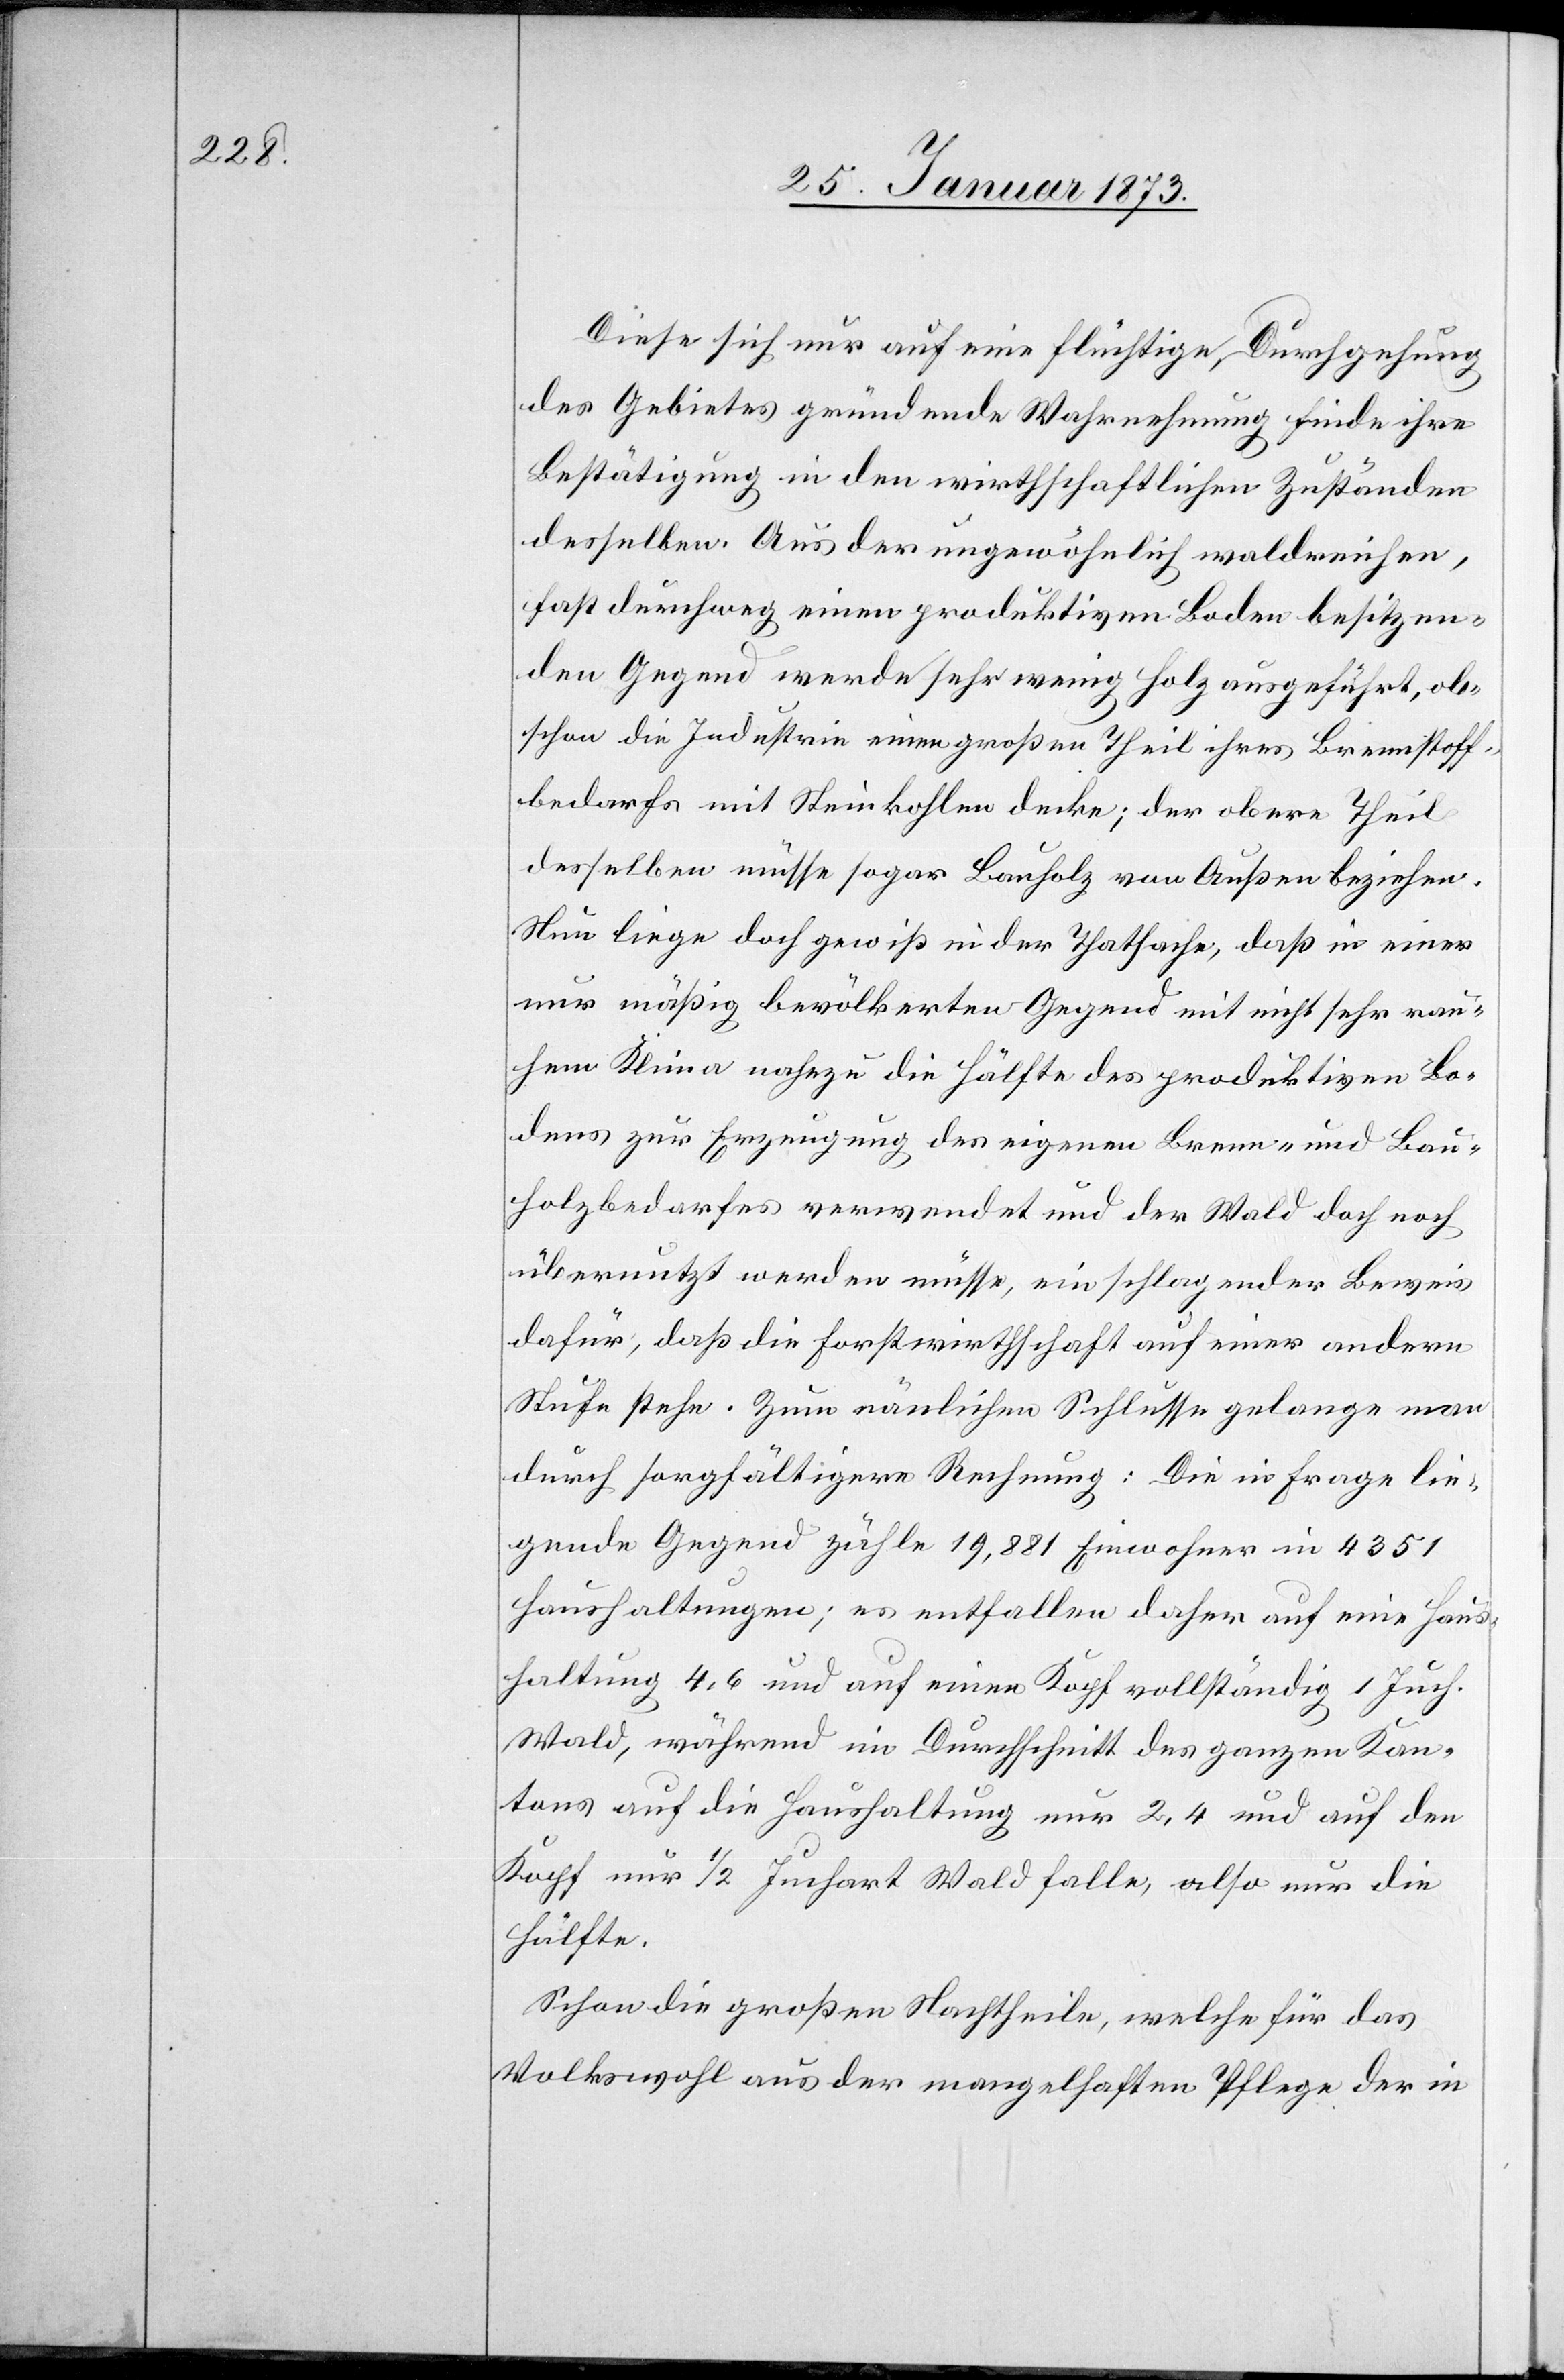
Diese sich nur auf eine flüchtige Durchgehung
des Gebietes gründende Wahrnehmung finde ihre
Bestätigung in den wirthschaftlichen Zuständen
desselben. Aus der ungewöhnlich waldreichen,
fast durchweg einen produktiven Boden besitzen¬
den Gegend werde sehr wenig Holz ausgeführt, ob¬
schon die Industrie einen großen Theil ihres Brennstoff¬
bedarfs mit Steinkohlen decke; der obere Theil
desselben müsse sogar Bauholz von Außen beziehen.
Nun liege doch gewiß in der Thatsache, daß in einer
nur mäßig bevölkerten Gegend mit nicht sehr rau¬
hem Klima nahezu die Hälfte des produktiven Bo¬
dens zur Erzeugung des eigenen Brenn- und Bau¬
holzbedarfes verwendet und der Wald doch noch
übernutzt werden müsse, ein schlagender Beweis
dafür, daß die Forstwirthschaft auf einer andern
Stufe stehe. Zum nänlichen [sic!] Schlusse gelange man
durch sorgfältigere Rechnung: Die in Frage lie¬
gende Gegend zähle 19,881 Einwohner in 4351
Haushaltungen; es entfallen daher auf eine Haus¬
haltung 4,6 und auf einen Kopf vollständig 1 Juch.
Wald, während im Durchschnitt des ganzen Kan¬
tons auf die Haushaltung nur 2,4 und auf den
Kopf nur 1/2 Juchart Wald falle, also nur die
Hälfte.
Schon die großen Nachtheile, welche für das
Volkswohl aus der mangelhaften Pflege der in